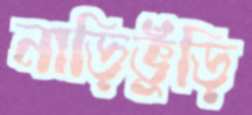
নাড়িভুঁড়ি